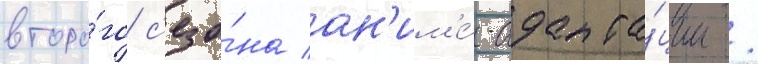
второ́го с'езо́на ан'им'е́-адапта́ции /